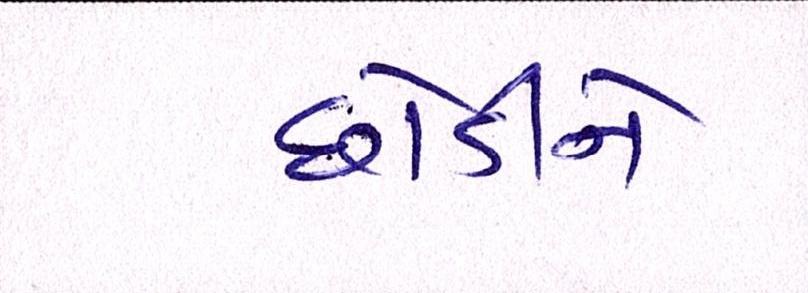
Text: છોડીને